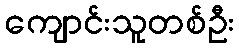
ကျောင်းသူတစ်ဦး